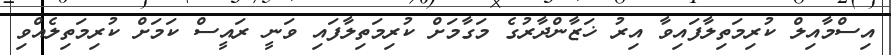
އިސްމާއިލް ކުރިމަތިލާފައިވާ އިރު ޚަޒާންދާރުގެ މަގާމަށް ކުރިމަތިލާފައި ވަނީ ރައީސް ކަމަށް ކުރިމަތިލެއްވި